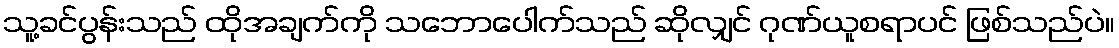
သူ့ခင်ပွန်းသည် ထိုအချက်ကို သဘောပေါက်သည် ဆိုလျှင် ဂုဏ်ယူစရာပင် ဖြစ်သည်ပဲ။